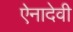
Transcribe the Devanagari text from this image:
ऐनादेवी